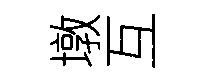
墩互